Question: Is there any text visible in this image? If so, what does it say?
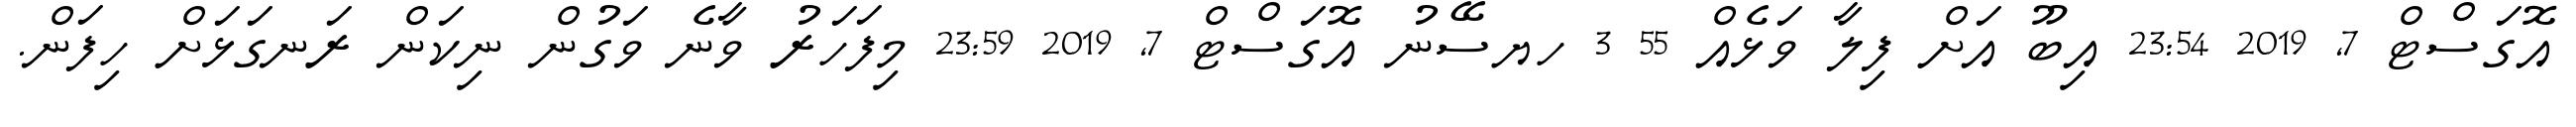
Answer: އޮގަސްޓް 7, 2019 23:54 އިބޫ އަށް ފިލާ ވަޅެއް 55 3 ހޔސޭނު އޮގަސްޓް 7, 2019 23:59 މިފަހަރު ވާނެ ވަގުން ނިކަން ރަނގަޅަށް ހިފަން.